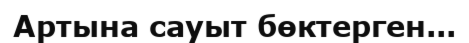
Артына сауыт бөктерген...